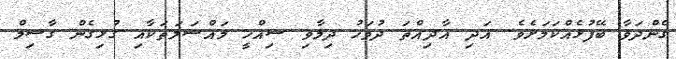
ގެންދަވާ ބޭފުޅެއްކަމަށެވެ. އަދި އާދިއްތަ ދުވަހު ދިމާވި ސިއްހީ މައްސަލަތަކާއި ގުޅިގެން ގާސިމް